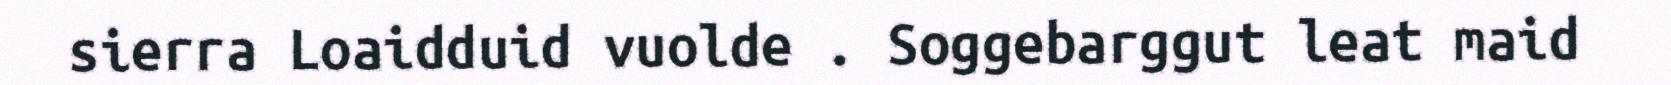
sierra Loaidduid vuolde . Soggebarggut leat maid